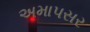
અમાપસર